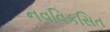
નવવિકસિત